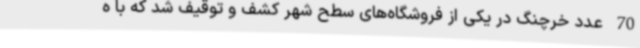
70 عدد خرچنگ در یکی از فروشگاه‌های سطح شهر کشف و توقیف شد که با ه